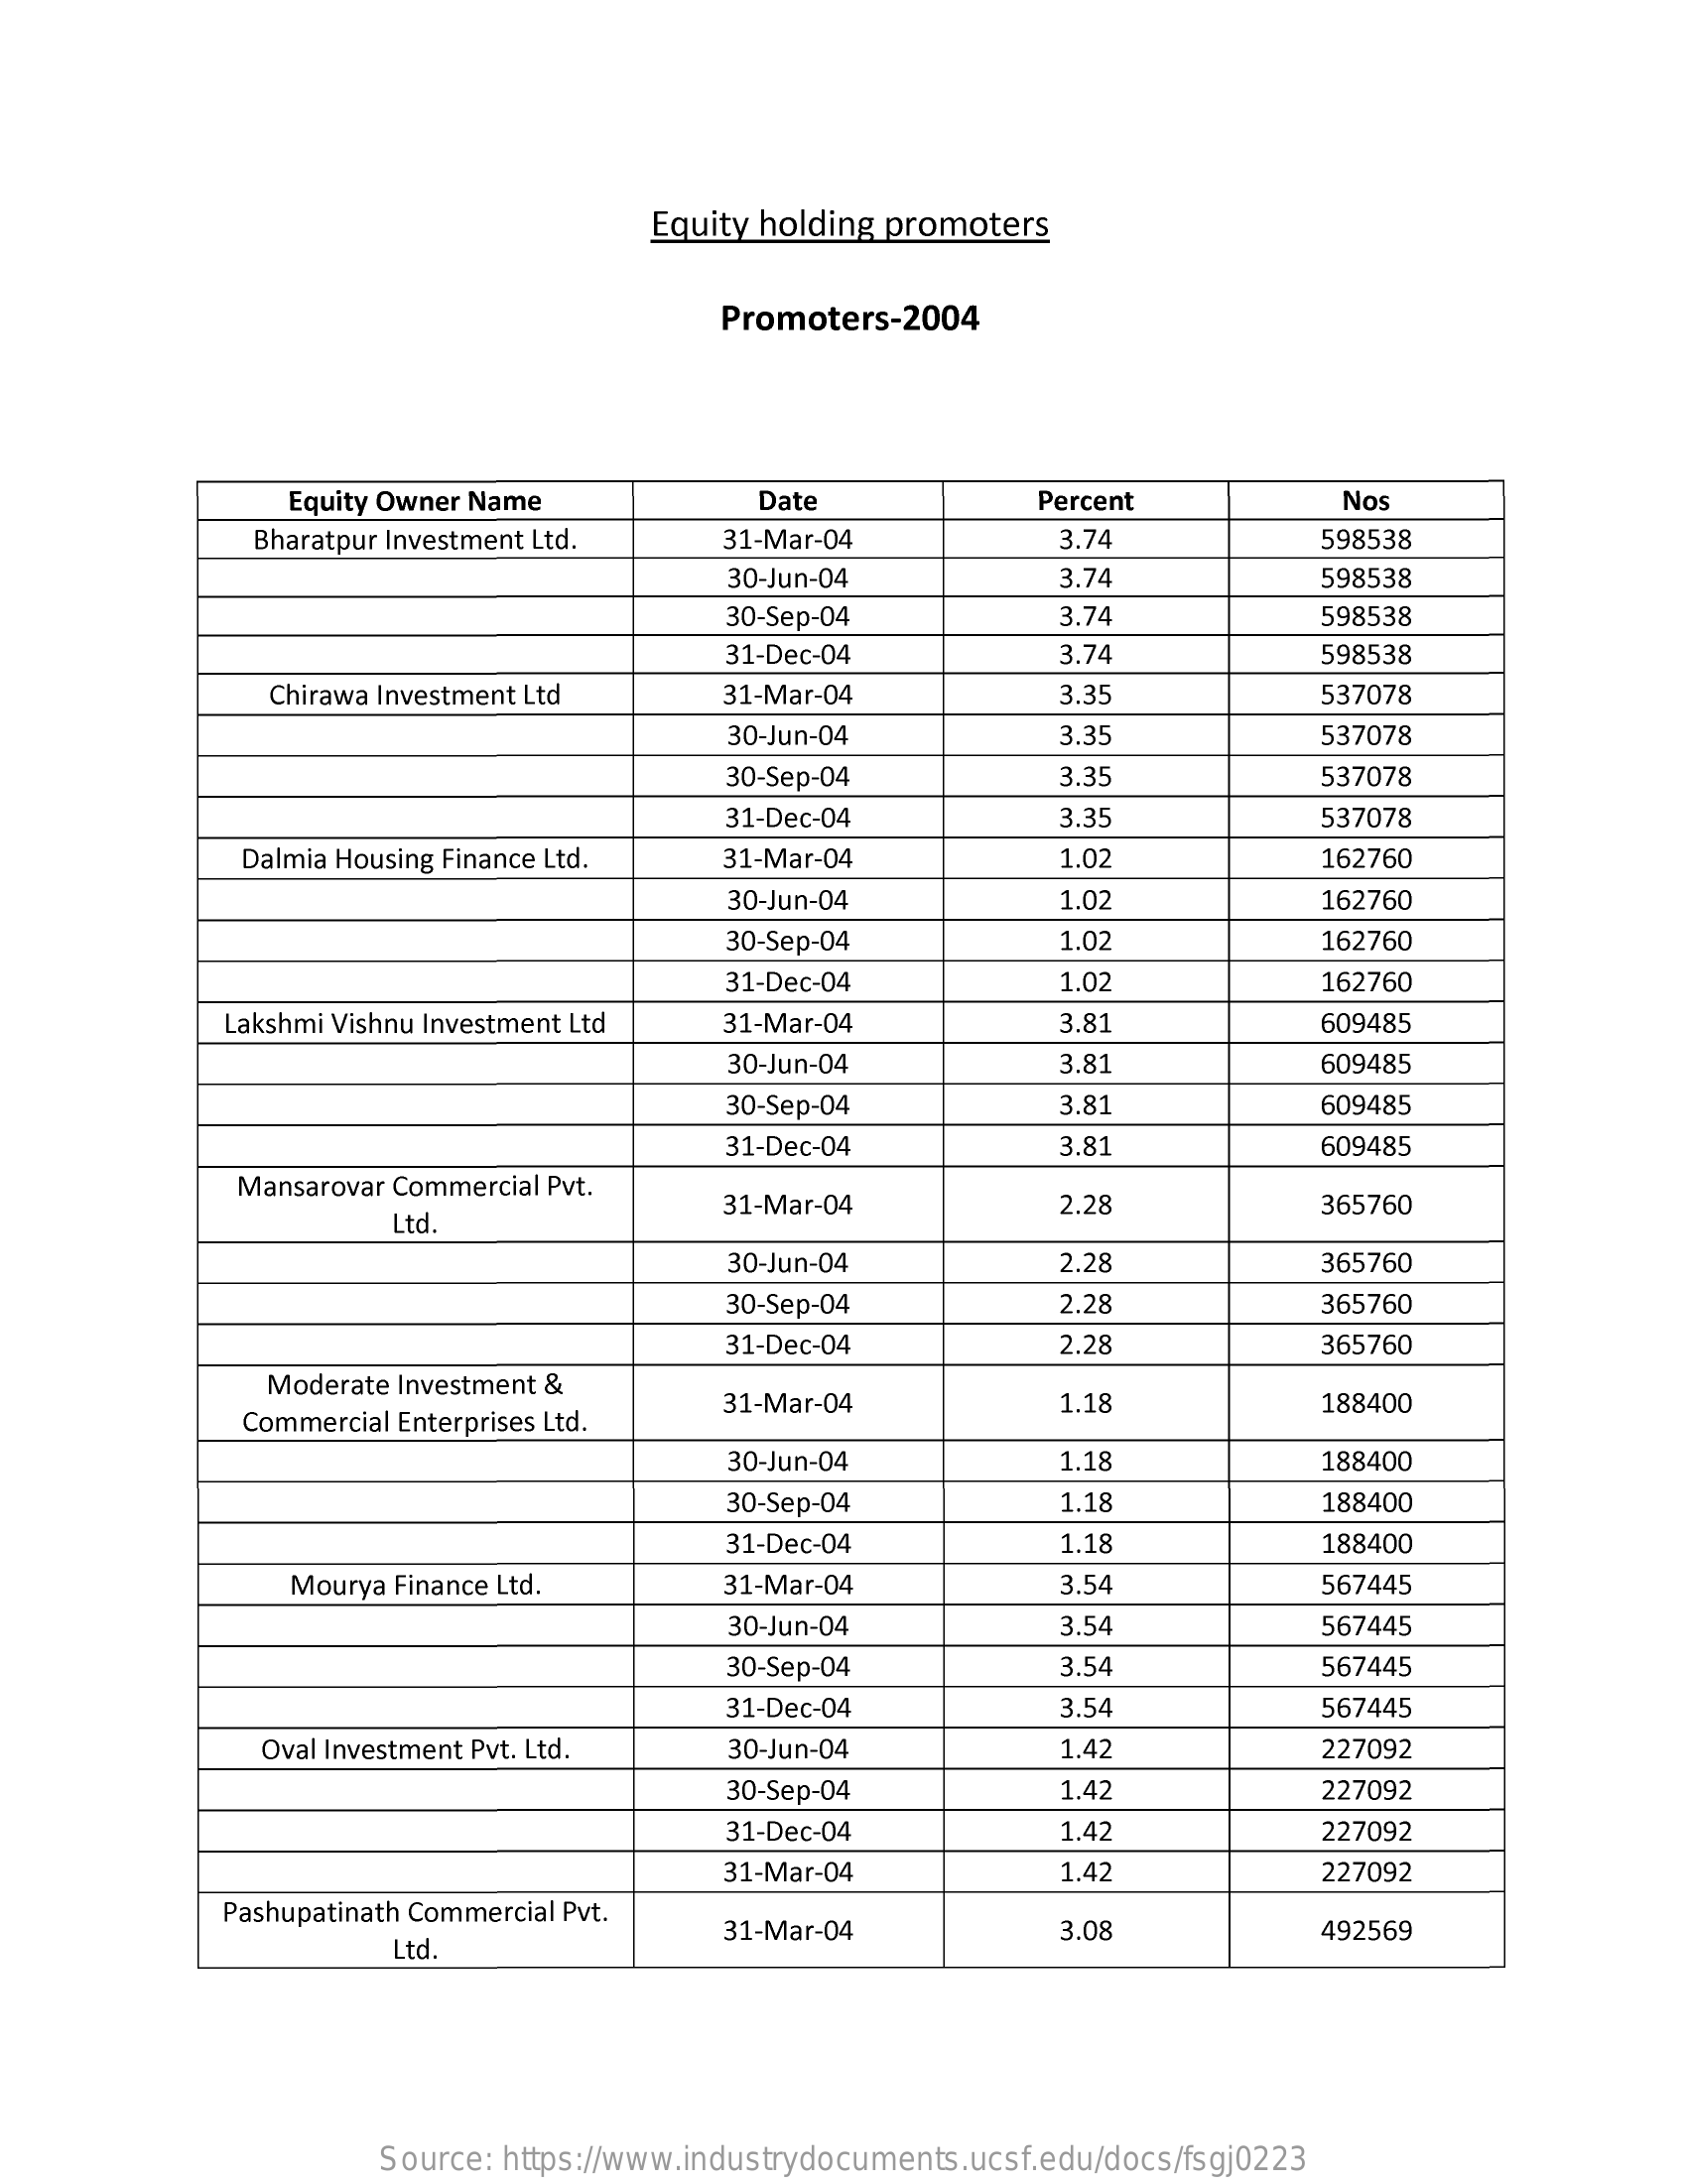
Equity holding promoters
     Promoters-2004
     Equity Owner Name    Date    Percent    Nos
     Bharatpur Investment Ltd.    31-Mar-04    3.74    598538
     30-Jun-04    3.74    598538
     30-Sep-04    3.74    598538
     31-Dec-04    3.74    598538
     Chirawa Investment Ltd    31-Mar-04    3.35    537078
     30-Jun-04    3.35    537078
     30-Sep-04    3.35    537078
     31-Dec-04    3.35    537078
     Dalmia Housing Finance Ltd.   31-Mar-04    1.02    162760
     30-Jun-04    1.02    162760
     30-Sep-04    1.02    162760
     31-Dec-04    1.02    162760
     Lakshmi Vishnu Investment Ltd   31-Mar-04    3.81    609485
     30-Jun-04    3.81    609485
     30-Sep-04    3.81    609485
     31-Dec-04    3.81    609485
     Mansarovar Commercial Pvt.
     Ltd.
     31-Mar-04    2.28    365760
     30-Jun-04    2.28    365760
     30-Sep-04    2.28    365760
     31-Dec-04    2.28    365760
     Moderate Investment &
     Commercial Enterprises Ltd.
     31-Mar-04    1.18    188400
     30-Jun-04    1.18    188400
     30-Sep-04    1.18    188400
     31-Dec-04    1.18    188400
     Mourya Finance Ltd.    31-Mar-04    3.54    567445
     30-Jun-04    3.54    567445
     30-Sep-04    3.54    567445
     31-Dec-04    3.54    567445
     Oval Investment Pvt. Ltd.    30-Jun-04    1.42    227092
     30-Sep-04    1.42    227092
     31-Dec-04    1.42    227092
     31-Mar-04    1.42    227092
     Pashupatinath Commercial Pvt.
     Ltd.
     31-Mar-04    3.08    492569
     Source: https://www.industrydocuments.ucsf.edu/docs/fsgj0223